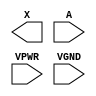
module sky130_fd_sc_hs__clkbuf (
    X   ,
    A   ,
    VPWR,
    VGND
);

    output X   ;
    input  A   ;
    input  VPWR;
    input  VGND;
endmodule